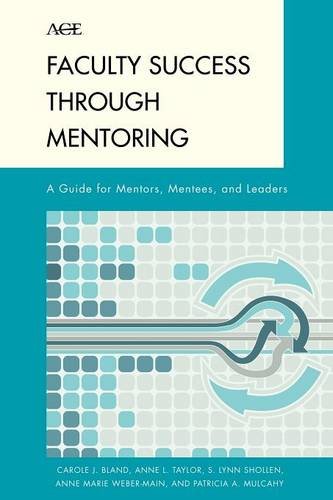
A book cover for Faculty Success through Mentoring: A Guide for Mentors, Mentees, and Leaders (The ACE Series on Higher Education); Carole J. Bland; Education & Teaching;